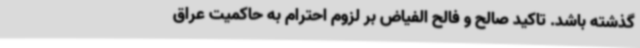
گذشته باشد. تاکید صالح و فالح الفیاض بر لزوم احترام به حاکمیت عراق